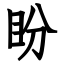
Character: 盼